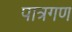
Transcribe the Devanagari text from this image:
पात्रगण